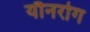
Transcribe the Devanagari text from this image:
यौनरोग